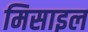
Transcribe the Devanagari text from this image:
मिसाइल